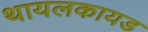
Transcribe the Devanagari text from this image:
थायलकायड